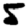
Digit: 5